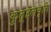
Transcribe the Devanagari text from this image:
कुतूहलवृत्ति